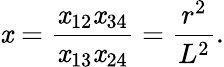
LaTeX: \mathit{x}=\frac{{\mathit{x}_{12}\mathit{x}_{34}}}{{\mathit{x}_{13}\mathit{x}_{24}}}=\frac{{r^{2}}}{{L^{2}}}.